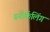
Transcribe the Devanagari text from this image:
स्‍नोर्कलिंग